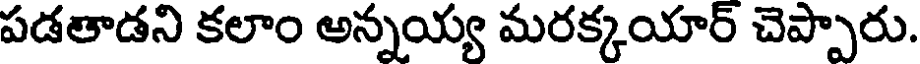
పడతాడని కలాం అన్నయ్య మరక్కయార్ చెప్పారు.